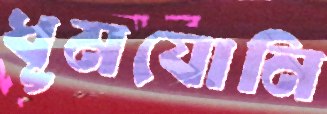
ধূমযোনি